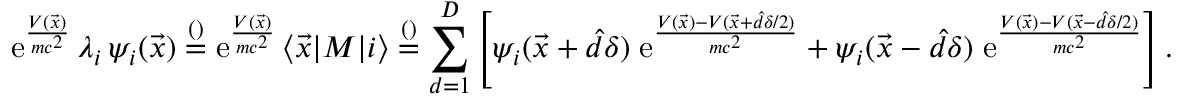
\mathrm e ^ { \frac { V ( \vec { x } ) } { m c ^ { 2 } } } \, \lambda _ { i } \, \psi _ { i } ( \vec { x } ) \overset { \footnotesize ( ) } { = } \mathrm e ^ { \frac { V ( \vec { x } ) } { m c ^ { 2 } } } \, \langle \vec { x } | M | i \rangle \overset { \footnotesize ( ) } { = } \sum _ { d = 1 } ^ { D } \left[ \psi _ { i } ( \vec { x } + \hat { d } \delta ) \; \mathrm e ^ { \frac { V ( \vec { x } ) - V ( \vec { x } + \hat { d } \delta / 2 ) } { m c ^ { 2 } } } + \psi _ { i } ( \vec { x } - \hat { d } \delta ) \; \mathrm e ^ { \frac { V ( \vec { x } ) - V ( \vec { x } - \hat { d } \delta / 2 ) } { m c ^ { 2 } } } \right] .